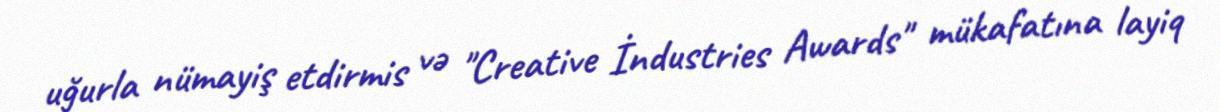
uğurla nümayiş etdirmis və "Creative İndustries Awards" mükafatına layiq